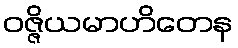
ဝဇ္ဇိယမာဟိတေန